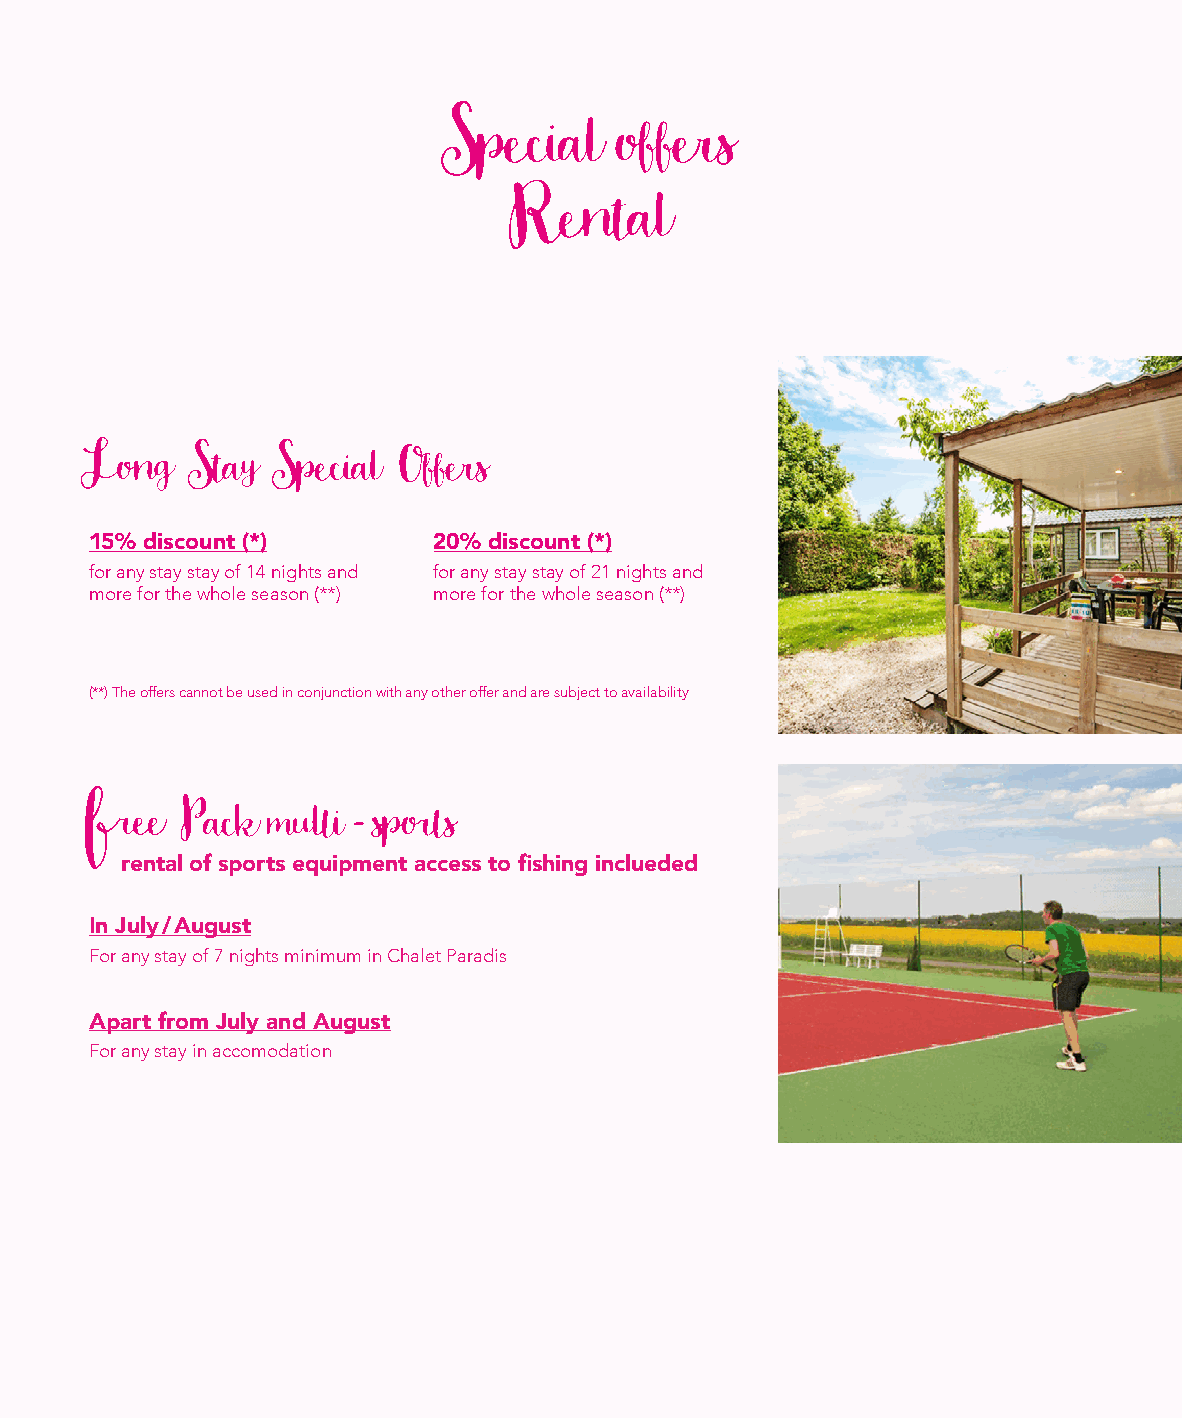
Special    offers
 Rental
 Long   Stay Special Offers
 15% discount (*)       20% discount (*)
 for any stay stay of 14 nights and for any stay stay of 21 nights and
 more for the whole season (**) more for the whole season (**)
 (**) The offers cannot be used in conjunction with any other offer and are subject to availability
 Pack  multi - sports
 rental of sports equipment access to fishing inclueded
 In July / August
 For any stay of 7 nights minimum in Chalet Paradis
 Apart from July and August
 For any stay in accomodation